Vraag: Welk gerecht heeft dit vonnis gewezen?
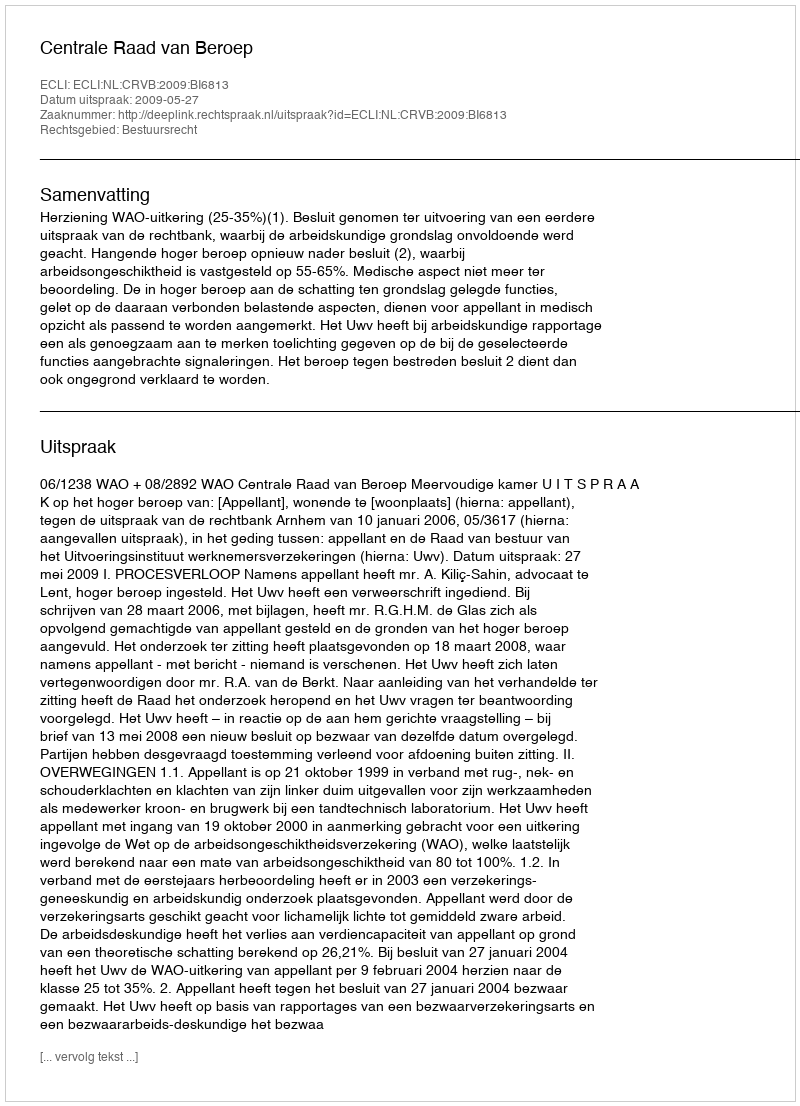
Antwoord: Centrale Raad van Beroep